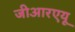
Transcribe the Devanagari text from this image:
जीआरएयू